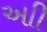
આી